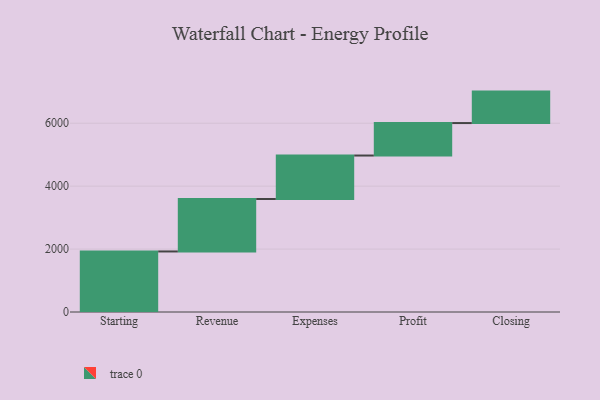
{"axis": {"x": "Step", "y": "Value"}, "legend": [""], "data": [{"x": "Starting", "y": 1924.0, "type": ""}, {"x": "Revenue", "y": 1667.0, "type": ""}, {"x": "Expenses", "y": 1382.0, "type": ""}, {"x": "Profit", "y": 1032.0, "type": ""}, {"x": "Closing", "y": 1000, "type": ""}]}